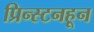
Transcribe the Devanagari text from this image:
प्रिन्स्टनहून